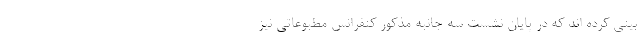
بینی کرده اند که در پایان نشست سه جانبه مذکور کنفرانس مطبوعاتی نیز